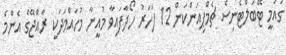
ގައުމީ ޓޭބަލްޓެނިސް ޗެމްޕިއަންކަން 12 ފަހަރު ހޯދާފައިވާ މުއީނާ މުހައްމަދަކީ ރާއްޖޭގެ އެންމެ